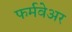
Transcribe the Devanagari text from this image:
फर्मवेअर